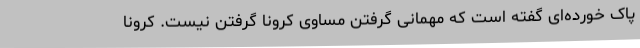
پاک خورده‌ای گفته است که مهمانی گرفتن مساوی کرونا گرفتن نیست. کرونا